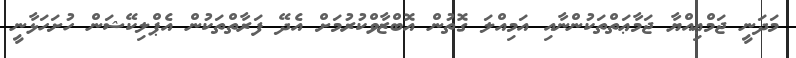
މަދަނީ ޖަމްޢިއްޔާ ޖަމާޢަތްތަކުންނާއި އަމިއްލަ ގޮތުން އޮބްޒާވްކުރުމަށް އެދޭ ފަރާތްތަކުން އެޕްލިކޭޝަން ހުށަހަޅާނީ